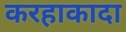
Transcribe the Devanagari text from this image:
करहाकादा